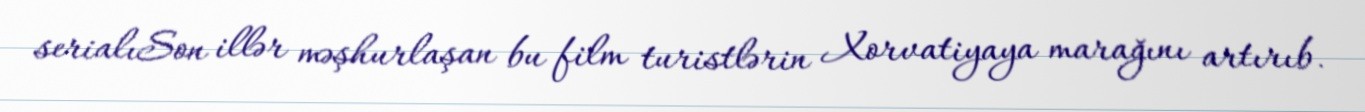
serialıSon illər məşhurlaşan bu film turistlərin Xorvatiyaya marağını artırıb.